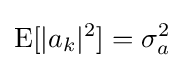
\operatorname {E} [|a_{k}|^{2}]=\sigma _{a}^{2}